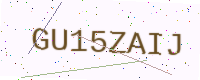
Text: GU15ZAIJ